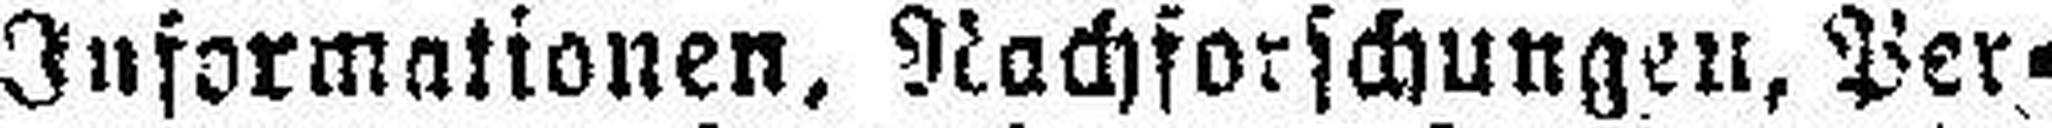
nen, Informationen, Nachforschungen, Per¬